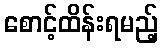
စောင့်ထိန်းရမည့်